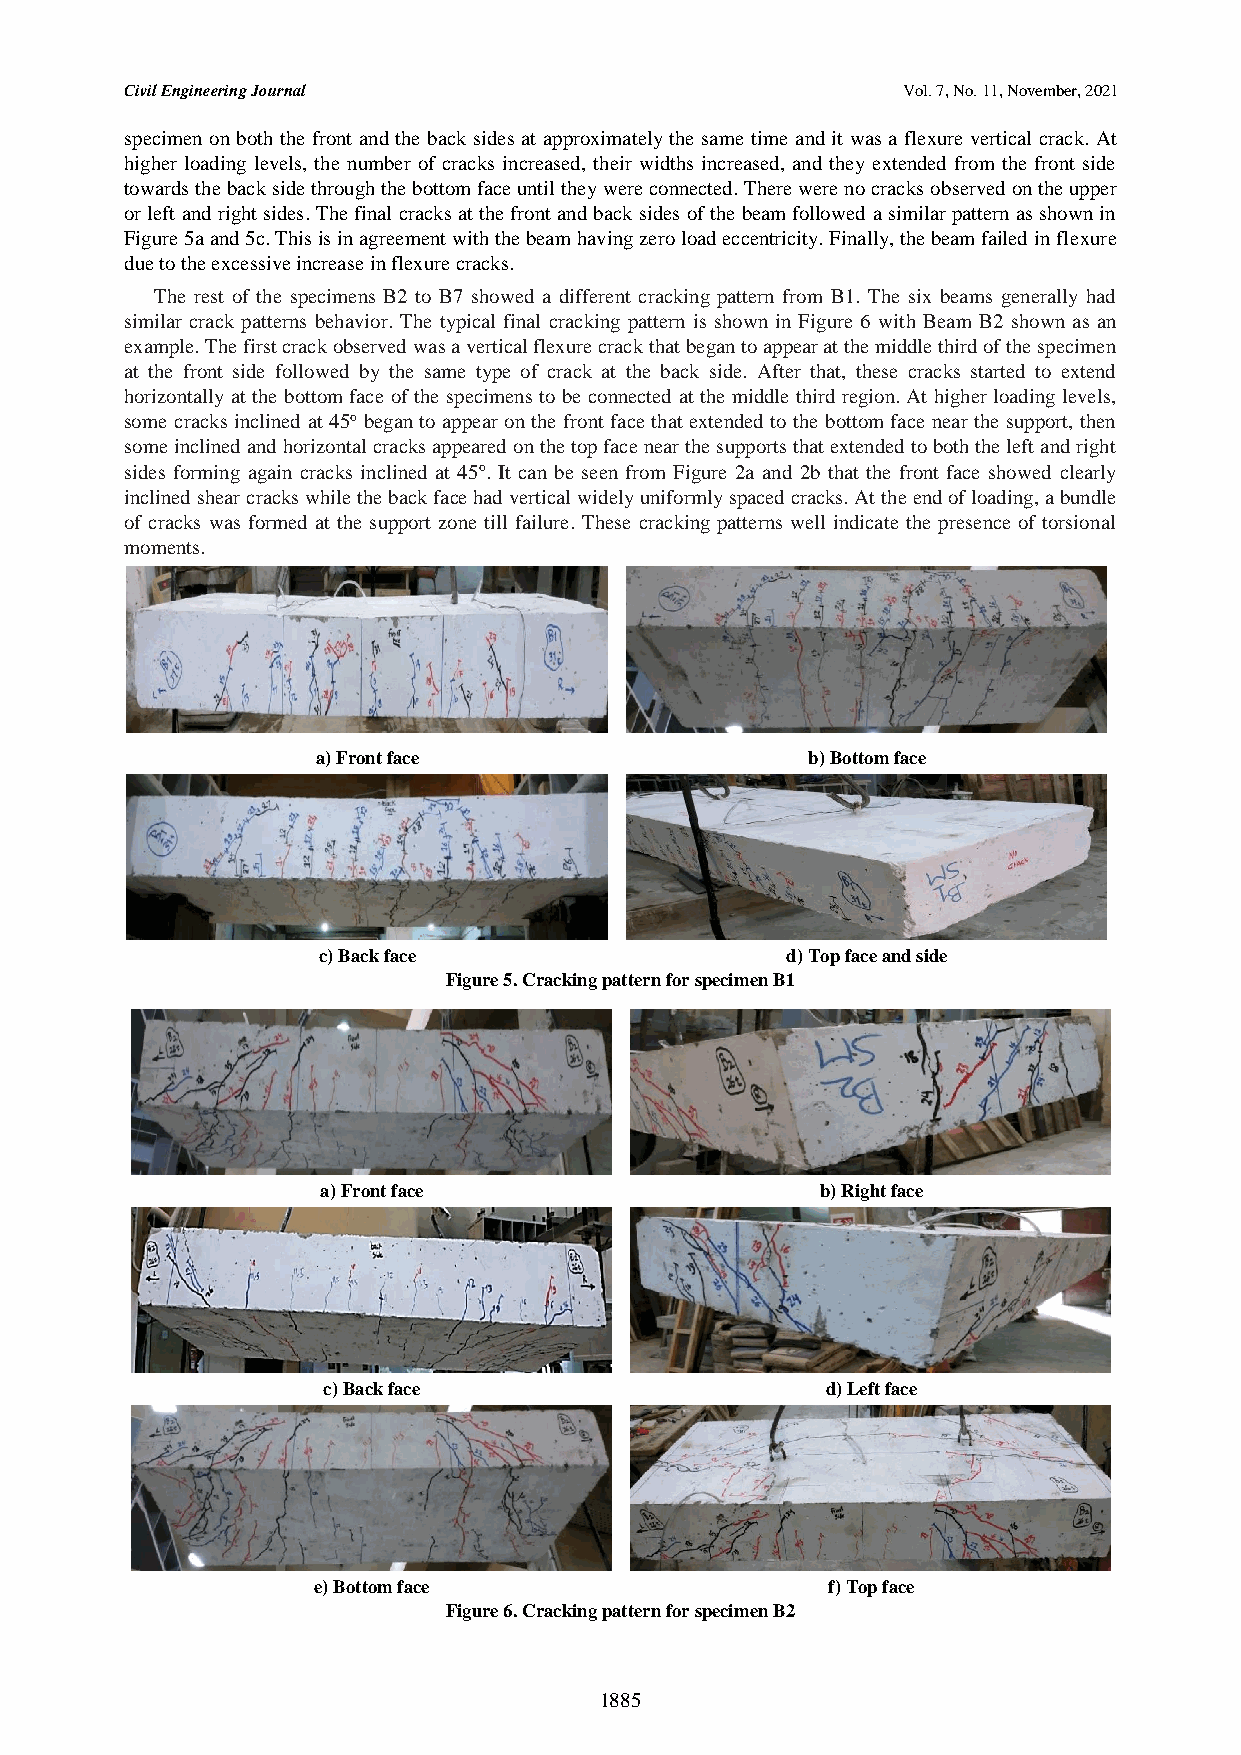
Civil Engineering Journal                           Vol. 7, No. 11, November, 2021
 specimen on both the front and the back sides at approximately the same time and it was a flexure vertical crack. At
 higher loading levels, the number of cracks increased, their widths increased, and they extended from the front side
 towards the back side through the bottom face until they were connected. There were no cracks observed on the upper
 or left and right sides. The final cracks at the front and back sides of the beam followed a similar pattern as shown in
 Figure 5a and 5c. This is in agreement with the beam having zero load eccentricity. Finally, the beam failed in flexure
 due to the excessive increase in flexure cracks.
 The rest of the specimens B2 to B7 showed a different cracking pattern from B1. The six beams generally had
 similar crack patterns behavior. The typical final cracking pattern is shown in Figure 6 with Beam B2 shown as an
 example. The first crack observed was a vertical flexure crack that began to appear at the middle third of the specimen
 at the front side followed by the same type of crack at the back side. After that, these cracks started to extend
 horizontally at the bottom face of the specimens to be connected at the middle third region. At higher loading levels,
 some cracks inclined at 45o began to appear on the front face that extended to the bottom face near the support, then
 some inclined and horizontal cracks appeared on the top face near the supports that extended to both the left and right
 sides forming again cracks inclined at 45o. It can be seen from Figure 2a and 2b that the front face showed clearly
 inclined shear cracks while the back face had vertical widely uniformly spaced cracks. At the end of loading, a bundle
 of cracks was formed at the support zone till failure. These cracking patterns well indicate the presence of torsional
 moments.
 a) Front face                   b) Bottom face
 c) Back face                   d) Top face and side
 Figure 5. Cracking pattern for specimen B1
 a) Front face                    b) Right face
 c) Back face                      d) Left face
 e) Bottom face                    f) Top face
 Figure 6. Cracking pattern for specimen B2
 1885